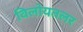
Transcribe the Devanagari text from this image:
विलोयतलर